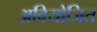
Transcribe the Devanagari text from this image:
अवियोजित